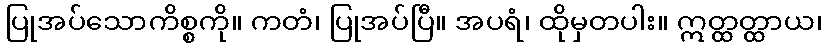
ပြုအပ်သောကိစ္စကို။ ကတံ၊ ပြုအပ်ပြီ။ အပရံ၊ ထိုမှတပါး။ ဣတ္ထတ္ထာယ၊